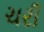
ચરી